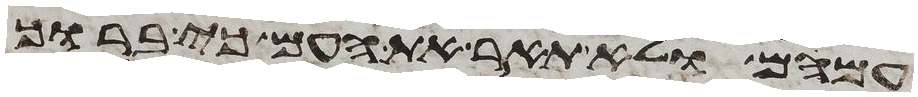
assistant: עמהם ולא תאר את העם כי ברוך